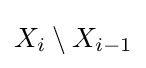
X_{i}\setminus X_{i-1}